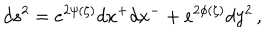
d s ^ { 2 } = e ^ { 2 \psi ( \zeta ) } d x ^ { + } d x ^ { - } + e ^ { 2 \phi ( \zeta ) } d y ^ { 2 } \, ,